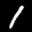
Label: 1